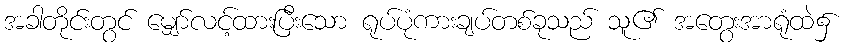
အခါတိုင်းတွင် မျှော်လင့်ထားပြီးသော ရုပ်ပုံကားချပ်တစ်ခုသည် သူ၏ အတွေးအာရုံထဲ၌